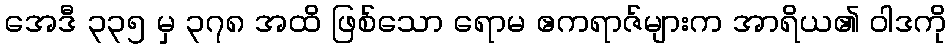
အေဒီ ၃၃၅ မှ ၃၇၈ အထိ ဖြစ်သော ရောမ ဧကရာဇ်များက အာရိယ၏ ဝါဒကို